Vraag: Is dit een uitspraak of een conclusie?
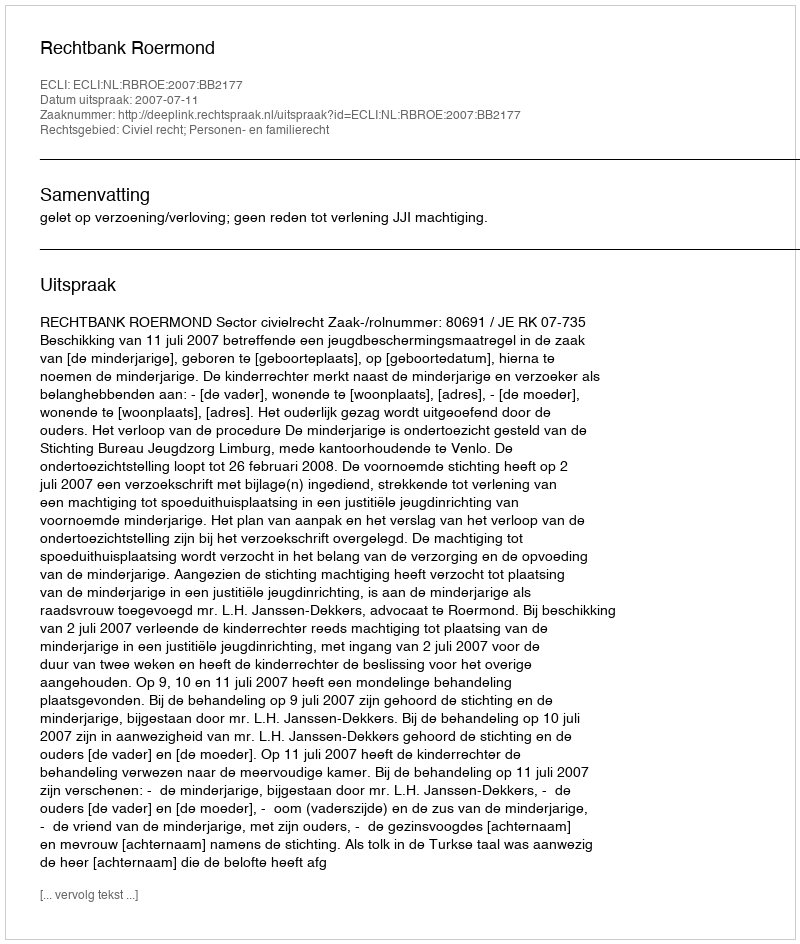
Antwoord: Uitspraak